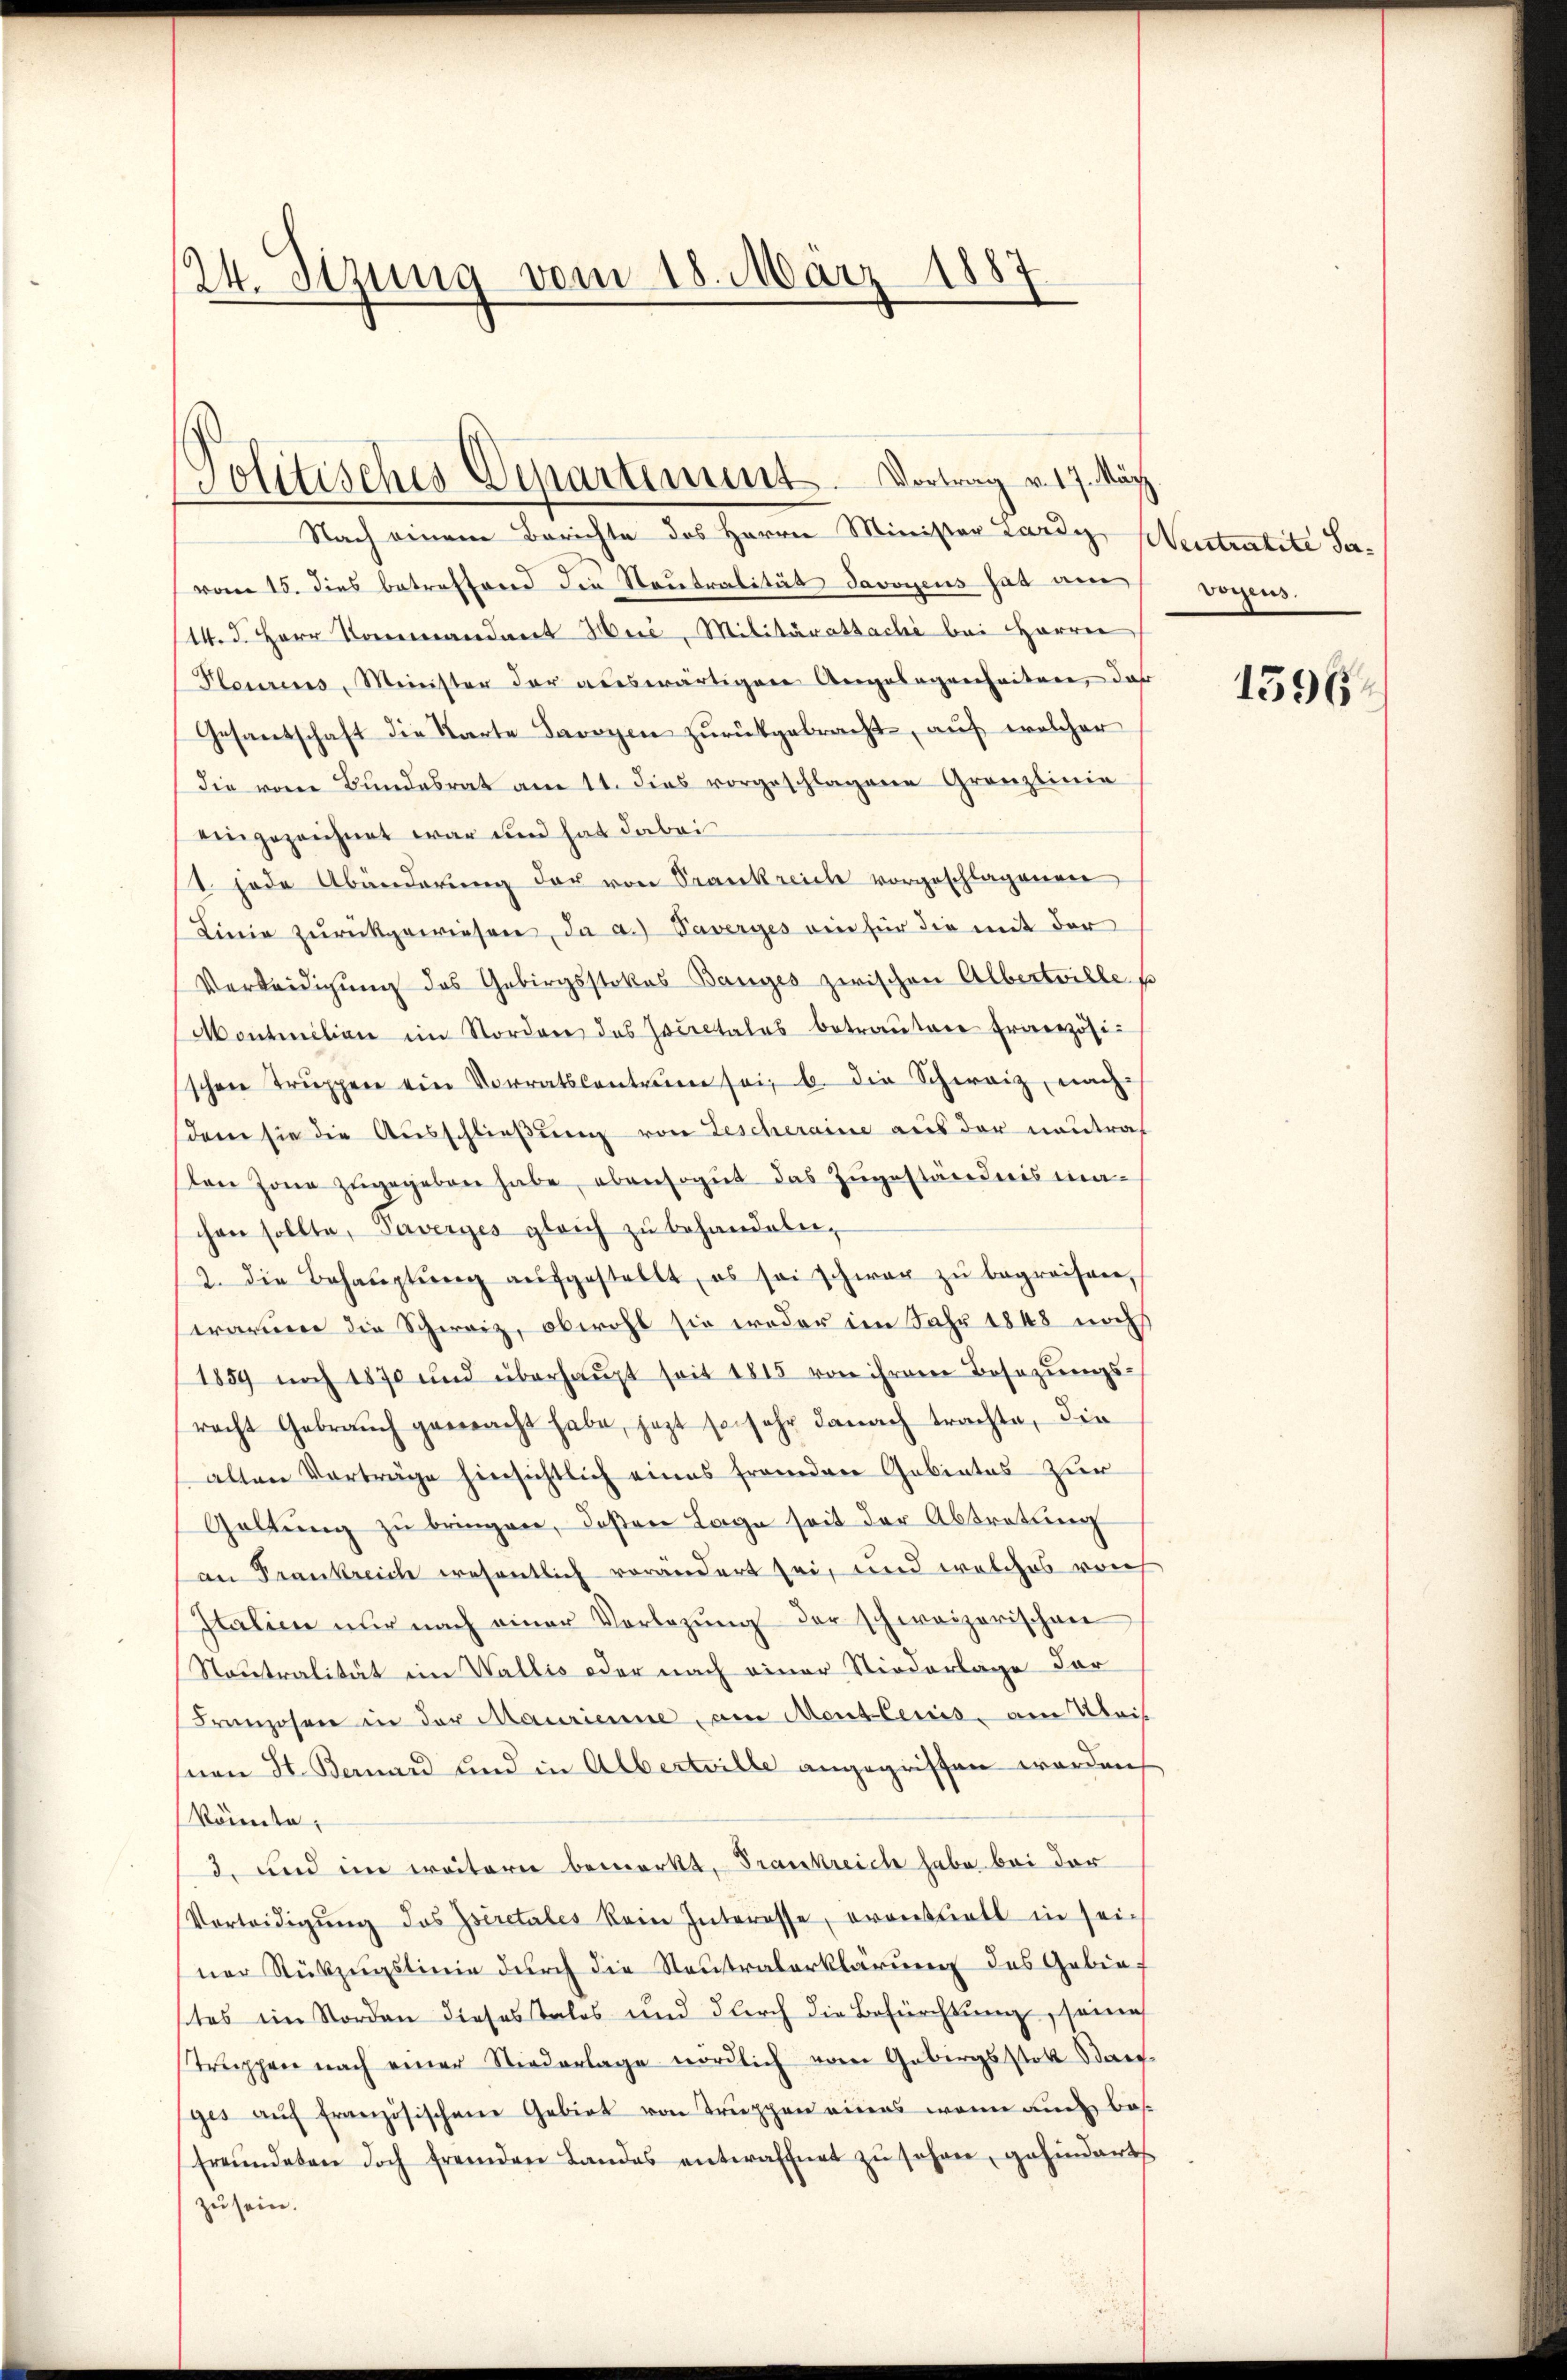
24. Setzung vom 18. März 1887

Jolitisches Departement. Vortrag v. 17. März.

Nach einem Berichte des Herrn Minister Lardy, Meistratite Servom 15. dies betreffend die Neutralität Savoyens hat am vorens.
14. d. Herr K Hrić, Militäratsache bei Herrn
Plourins, Minister der auswärtigere Angesagenheiten, das
Gesantschaft die Karte Davoyen zurückgebracht, auf welcher
die vom Bundesrat am 11. dies vorgeschlagene Granzlinie
eingezeichnet war und hat dabei
(1. jede Abänderŭng der von Trankreich vorgeschlagenen
Linie zŭrückgewiesen, da a.) Taverges ein für die mit der
Verleidigung des Gebirgsstokes Banges zwischen Albertrille so
Montmilien im Norden des societales betrautene Ernenzösischen Trŭppen ein Vorratskantonen sei, b. die Schweiz, nach
denn sie die Aŭsschlieβŭng von Gescheraine aus der neutraf
len Zone zugegeben habe, ebensogut das Zugeständnis machen sollte, Paverges gleich zŭ behandeln,
2. die Behaŭptŭng aŭfgestellt, es sei schwer zŭ begreifen,
warmen die Schweiz, obwohl sie weder im Jahr 1848 noch
1859 noch 1870 und überhaŭpt seit 1815 von ihrem Besazŭngs-
racht Gebrauch gemacht habe, jezt so sehr danach trachte, die
alten Vorträge hinsichtlich eines frandere Gabiates zur
Galtŭng zŭ bringen, deßen Lage seit der Abtretung
an Frankreich wesentlich verändert sei, und welches von
Italien nur nach einer Vorlegŭng der schweizerischen
Neutralität ein Wallis oder nach einer Niederlage der
Franzosen in der Maurienne, am Mentleris, am Kleis
nen St. Bernard und in Albertrille angegriffen worden
könnte,
3. und im weitern bemerkt, Frankreich habe bei der
Verteidigŭng des Iscretales kein Interesse, eventuell in sei-
ner Rückzugslinie durch die Neutralerklärung des Gebietes im Norden dieses Tales und durch die Befürchtung, seine
Truppen nach einer Niederlage nördlich vom Gebirgsstatt Dan
ges aŭf französischene Gebiet von Truppen eines wenn auch besfreŭndeten doch fremden Landes entwaffnet zŭ schon, gehindert
zu sein.

1596